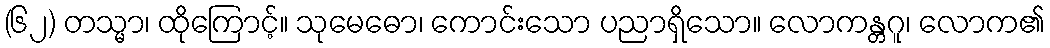
(၆၂) တသ္မာ၊ ထိုကြောင့်။ သုမေဓော၊ ကောင်းသော ပညာရှိသော။ လောကန္တဂူ၊ လောက၏